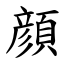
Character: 顔